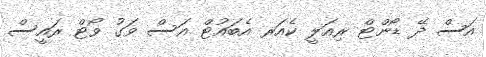
އަސް ދޭ ޑޯންޓް ރިއަލީ ކެއަރ އެބައުޓް އަސް ވަގު ވޯޓް ރައީސް